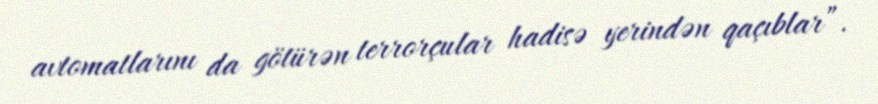
avtomatlarını da götürən terrorçular hadisə yerindən qaçıblar”.